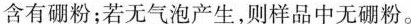
含有硼粉；若无气泡产生，则样品中无硼粉。